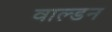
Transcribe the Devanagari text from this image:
वाल्डन